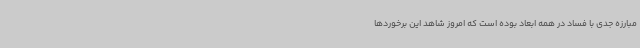
مبارزه جدی با فساد در همه ابعاد بوده است که امروز شاهد این برخوردها